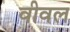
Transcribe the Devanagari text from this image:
वीवल